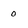
Character: o